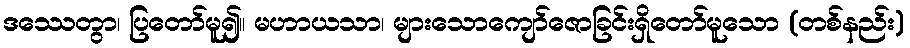
ဒဿေတွာ၊ ပြတော်မူ၍။ မဟာယသာ၊ များသောကျော်ဇောခြင်းရှိတော်မူသော (တစ်နည်း)